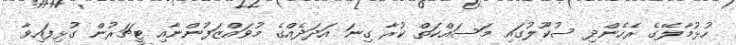
ހުޅުމާލޭގެ ރެހެންދި ސުކޫލުގައި މަސައްކަތް ކުރާ ގިނަ އަދަދެއްގެ މުވައްޒަފުންނާއި ޓީޗަރުން ގުޅިފައިވާ